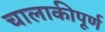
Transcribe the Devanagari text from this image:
चालाकीपूर्ण